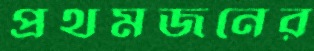
প্রথমজনের